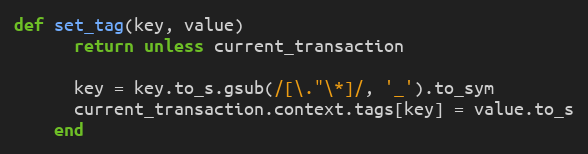
Language: Ruby
def set_tag(key, value)
      return unless current_transaction

      key = key.to_s.gsub(/[\."\*]/, '_').to_sym
      current_transaction.context.tags[key] = value.to_s
    end